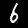
Label: 6